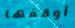
أوقفها